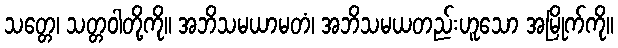
သတ္တေ၊ သတ္တဝါတို့ကို။ အဘိသမယာမတံ၊ အဘိသမယတည်းဟူသော အမြိုက်ကို။